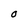
Character: O